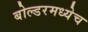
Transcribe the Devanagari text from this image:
बोल्डरमध्येच